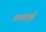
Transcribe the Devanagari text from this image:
वापरापुढे